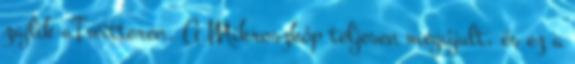
zajlik aTwitteren. A Mikroszkóp teljesen megújult, és ez a